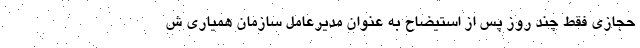
حجازی فقط چند روز پس از استیضاح به عنوان مدیرعامل سازمان همیاری ش